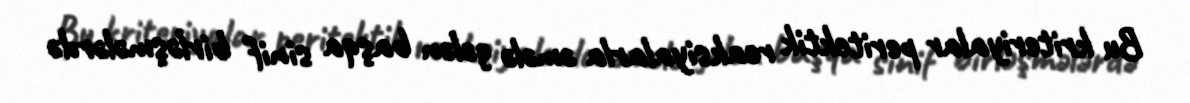
Bu kriteriyalar peritektik reaksiyalarla əmələ gələn başqa sinif birləşmələrdə